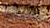
حقيقة